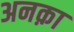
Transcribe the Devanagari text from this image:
अनक़ा